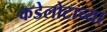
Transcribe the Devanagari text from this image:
कडेलोटाच्या